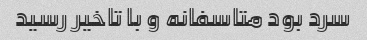
سرد بود متاسفانه و با تاخیر رسید